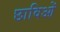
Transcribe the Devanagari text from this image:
छाविओं